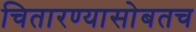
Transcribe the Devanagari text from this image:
चितारण्यासोबतच